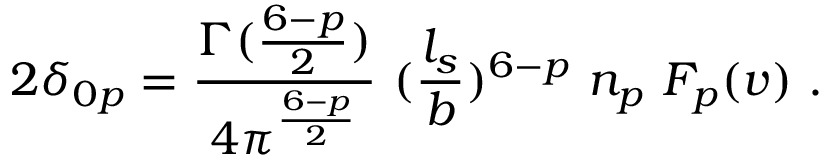
2 \delta _ { 0 p } = { \frac { \Gamma ( { \frac { 6 - p } { 2 } } ) } { 4 \pi ^ { \frac { 6 - p } { 2 } } } } ~ ( { \frac { l _ { s } } { b } } ) ^ { 6 - p } ~ n _ { p } ~ F _ { p } ( v ) ~ .